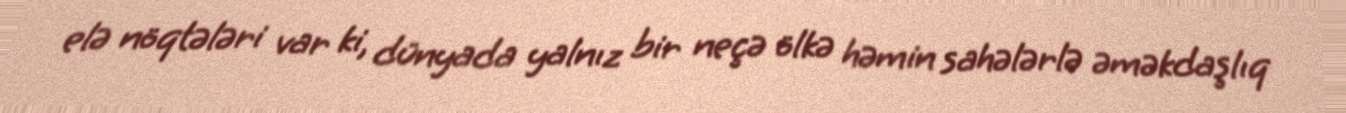
elə nöqtələri var ki, dünyada yalnız bir neçə ölkə həmin sahələrlə əməkdaşlıq